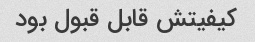
کیفیتش قابل قبول بود